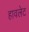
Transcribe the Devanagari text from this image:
हावलेट